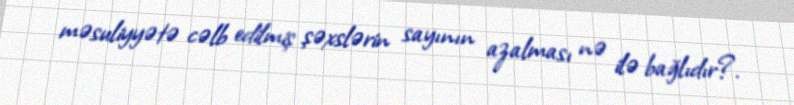
məsuliyyətə cəlb edilmiş şəxslərin sayının azalması nə ilə bağlıdır?.